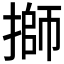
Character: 𢲐